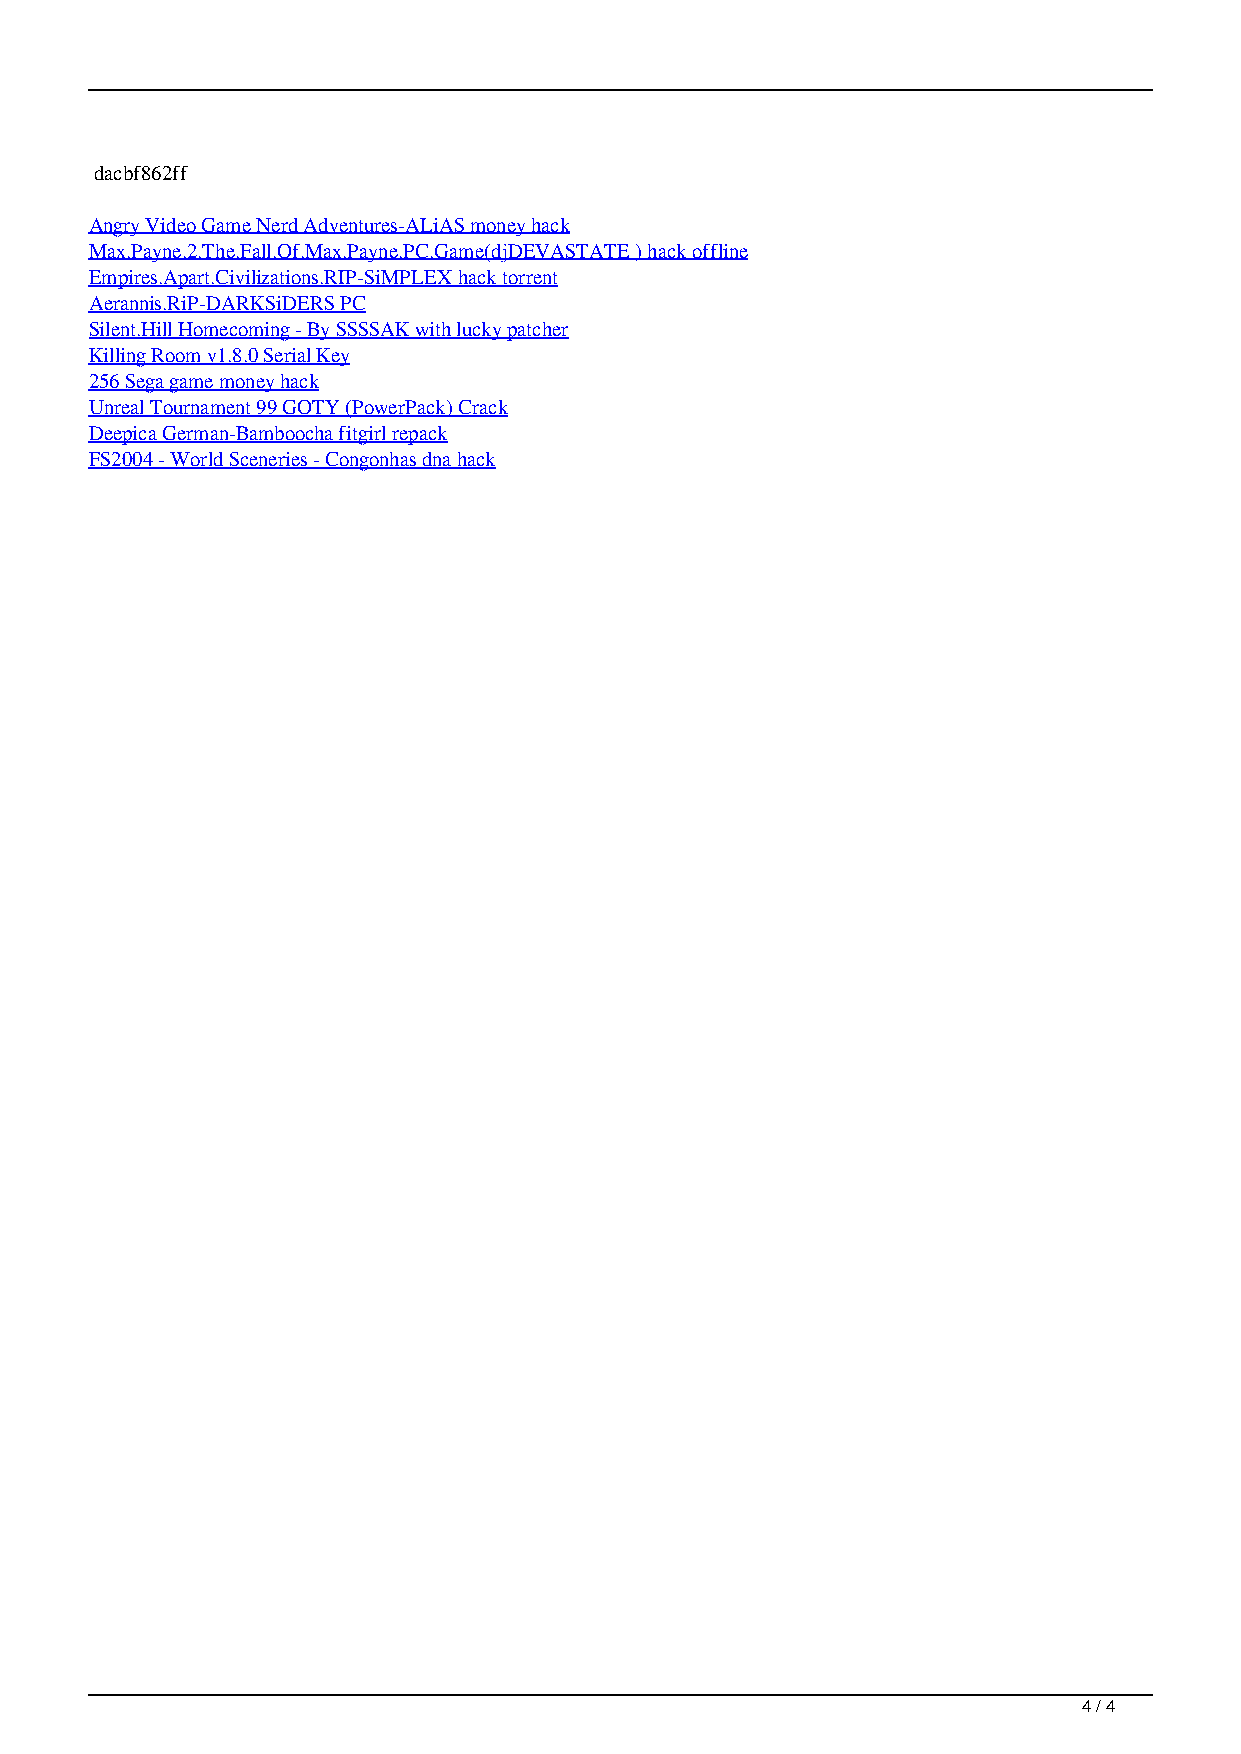
dacbf862ff
 Angry Video Game Nerd Adventures-ALiAS money hack
 Max.Payne.2.The.Fall.Of.Max.Payne.PC.Game(djDEVASTATE ) hack offline
 Empires.Apart.Civilizations.RIP-SiMPLEX hack torrent
 Aerannis.RiP-DARKSiDERS PC
 Silent.Hill Homecoming - By SSSSAK with lucky patcher
 Killing Room v1.8.0 Serial Key
 256 Sega game money hack
 Unreal Tournament 99 GOTY (PowerPack) Crack
 Deepica German-Bamboocha fitgirl repack
 FS2004 - World Sceneries - Congonhas dna hack
 4 / 4
 Planet Explorers V075Cracked By 3DM Download